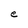
Character: e